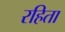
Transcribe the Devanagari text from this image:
रहिता